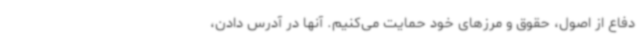
دفاع از اصول، حقوق و مرزهای خود حمایت می‌کنیم. آنها در آدرس دادن،‌